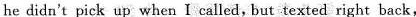
he didn't pick up when I called, but texted right back,